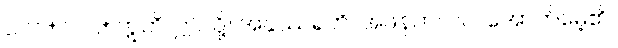
၁၁၁+၁၁၂+ ဣတိ၊ ဤသို့။ အနုဿရတိ၊ အဖန်တလဲလဲအောက်မေ့၏။